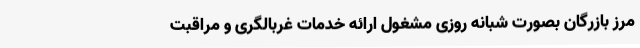
مرز بازرگان بصورت شبانه روزی مشغول ارائه خدمات غربالگری و مراقبت